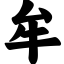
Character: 牟